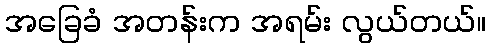
အခြေခံ အတန်းက အရမ်း လွယ်တယ်။